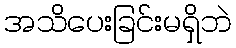
အသိပေးခြင်းမရှိဘဲ